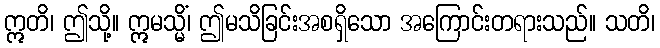
ဣတိ၊ ဤသို့။ ဣမသ္မိံ၊ ဤမသိခြင်းအစရှိသော အကြောင်းတရားသည်။ သတိ၊